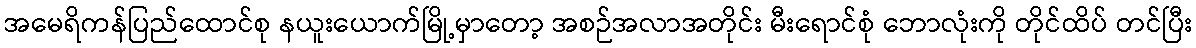
အမေရိကန်ပြည်ထောင်စု နယူးယောက်မြို့မှာတော့ အစဉ်အလာအတိုင်း မီးရောင်စုံ ဘောလုံးကို တိုင်ထိပ် တင်ပြီး